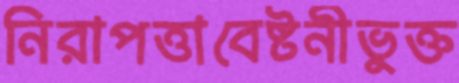
নিরাপত্তাবেষ্টনীভুক্ত